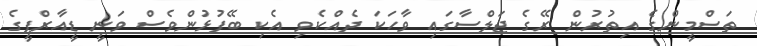
ތަސްމީންގެ އިތުރުން ރޭގެ ޖަލްސާގައި ވާހަކަ ދެއްކެވި އެކި ބޭފުޅުންވެސް ވަނީ ޑީއާރްޕީގެ